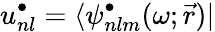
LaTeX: u_{nl}^{\bullet}=\langle\psi_{nlm}^{\bullet}(\omega;\vec{r})|